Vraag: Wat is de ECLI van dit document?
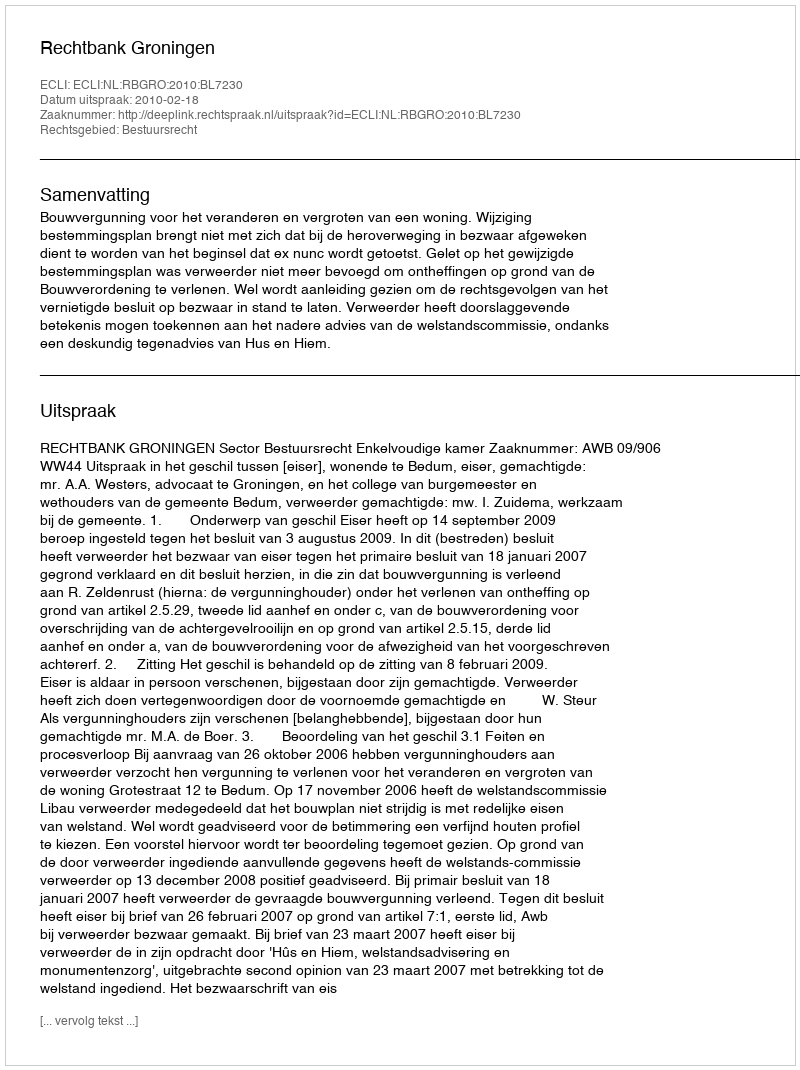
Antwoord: ECLI:NL:RBGRO:2010:BL7230